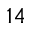
1 4